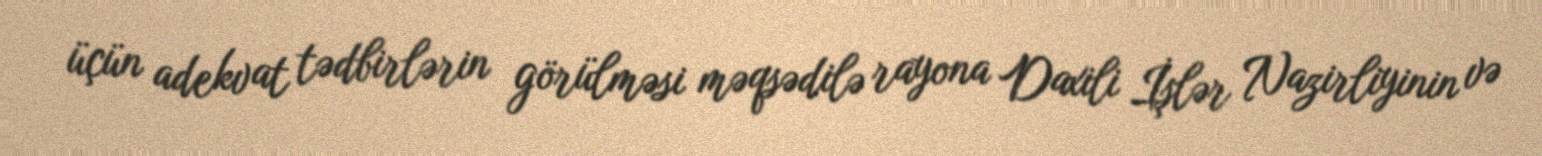
üçün adekvat tədbirlərin görülməsi məqsədilə rayona Daxili İşlər Nazirliyinin və